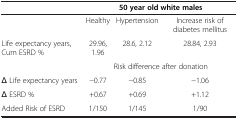
<table><thead><tr><td><b> </b></td><td colspan="3"><b>50 year old white males</b></td></tr></thead><tbody><tr><td> </td><td>Healthy</td><td>Hypertension</td><td>Increase risk of diabetes mellitus</td></tr><tr><td>Life expectancy years, Cum ESRD %</td><td>29.96, 1.96</td><td>28.6, 2.12</td><td>28.84, 2.93</td></tr><tr><td> </td><td colspan="3">Risk difference after donation</td></tr><tr><td>Δ Life expectancy years</td><td>−0.77</td><td>−0.85</td><td>−1.06</td></tr><tr><td>Δ ESRD %</td><td>+0.67</td><td>+0.69</td><td>+1.12</td></tr><tr><td>Added Risk of ESRD</td><td>1/150</td><td>1/145</td><td>1/90</td></tr></tbody></table>